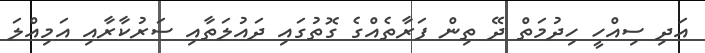
އަދި ސިއްހީ ހިދުމަތް ދޭ ތިން ފަރާތެއްގެ ގޮތުގައި ދައުލަތާއި ސަރުކާރާއި އަމިއްލަ